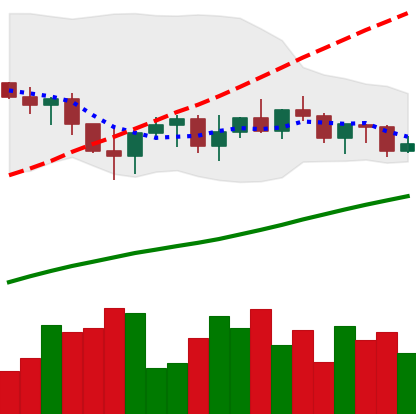
Ticker: XRP-USD
Chart end date: 2022-11-03
Forward return: -10.743%
Label: down_7plus